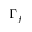
\Gamma _ { f }